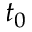
t _ { 0 }